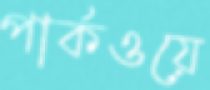
পার্কওয়ে